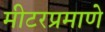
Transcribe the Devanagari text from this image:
मीटरप्रमाणे